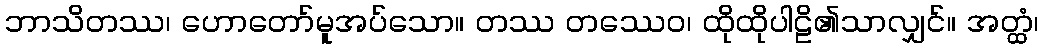
ဘာသိတဿ၊ ဟောတော်မူအပ်သော။ တဿ တဿေဝ၊ ထိုထိုပါဠိ၏သာလျှင်။ အတ္ထံ၊